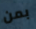
بمن